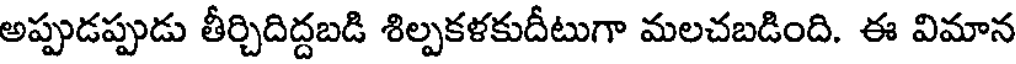
అప్పుడప్పుడు తీర్చిదిద్దబడి శిల్పకళకుదీటుగా మలచబడింది. ఈ విమాన